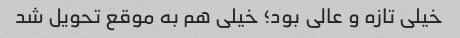
خیلی تازه و عالی بود؛ خیلی هم به موقع تحویل شد